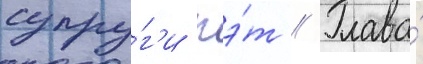
супру́г'и пэ́т // Глава́